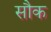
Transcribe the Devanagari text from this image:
सौक